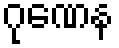
ဂုဏေန